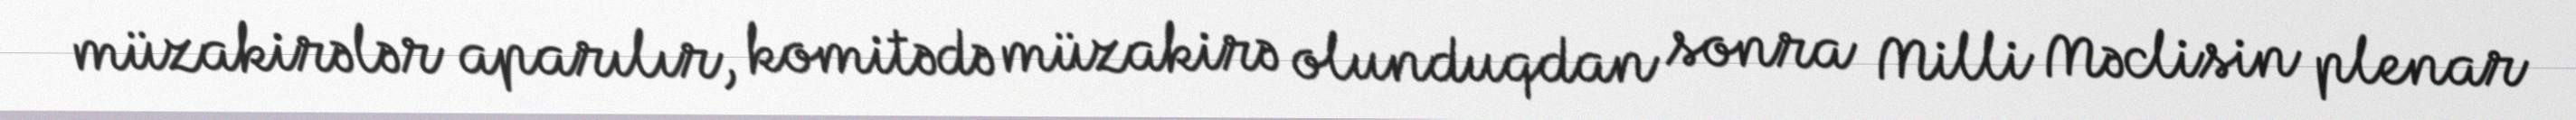
müzakirələr aparılır, komitədə müzakirə olunduqdan sonra Milli Məclisin plenar